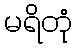
မရိတုံ